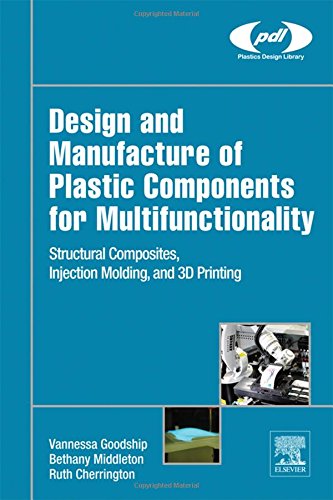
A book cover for Design and Manufacture of Plastic Components for Multifunctionality: Structural Composites, Injection Molding, and 3D Printing; Vannessa Dr Goodship; Computers & Technology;